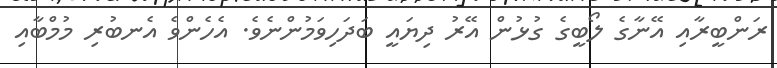
ރަންބީރާއި އޭނާގެ ލޯބީގެ ގުޅުން އޭރު ދިޔައީ ބަދަހިވަމުންނެވެ. އެހެންވެ އެނބުރި މުމްބާއި